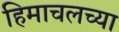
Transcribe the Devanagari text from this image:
हिमाचलच्या